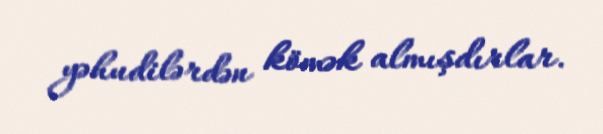
yəhudilərdən kömək almışdırlar.